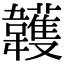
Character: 䪝